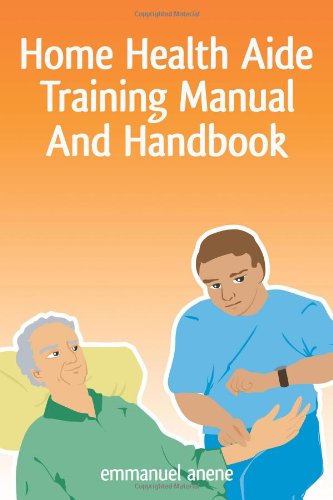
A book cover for Home Health Aide Training Manual And Handbook; Emmanuel C. Anene; Medical Books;